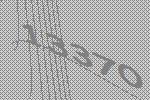
13370